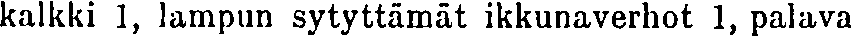
kalkki 1, lampun sytyttämät ikkunaverhot 1, palava